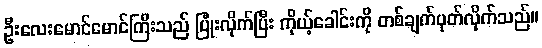
ဦးလေးမောင်မောင်ကြီးသည် ပြုံးလိုက်ပြီး ကိုယ့်ခေါင်းကို တစ်ချက်ပုတ်လိုက်သည်။